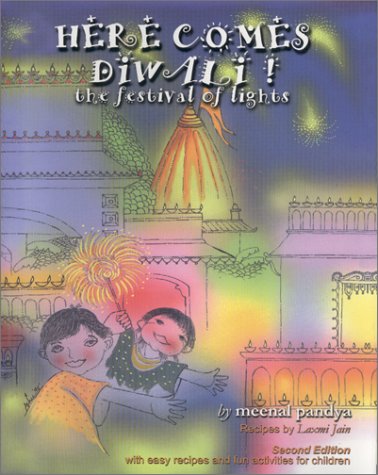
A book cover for Here Comes Diwali : The Festival of Lights; Meenal Pandya; Children's Books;